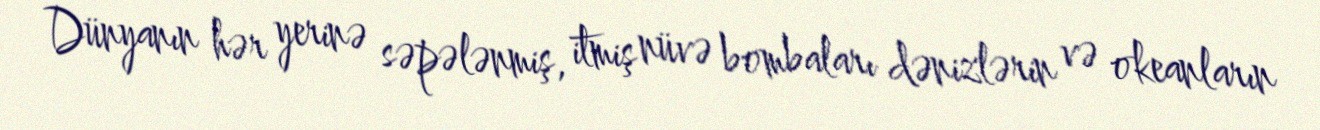
Dünyanın hər yerinə səpələnmiş, itmiş nüvə bombaları dənizlərin və okeanların